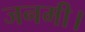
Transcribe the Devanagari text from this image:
जनमी।